Medical and sanitary report of the native army of Bengal for the year
Year: 1877
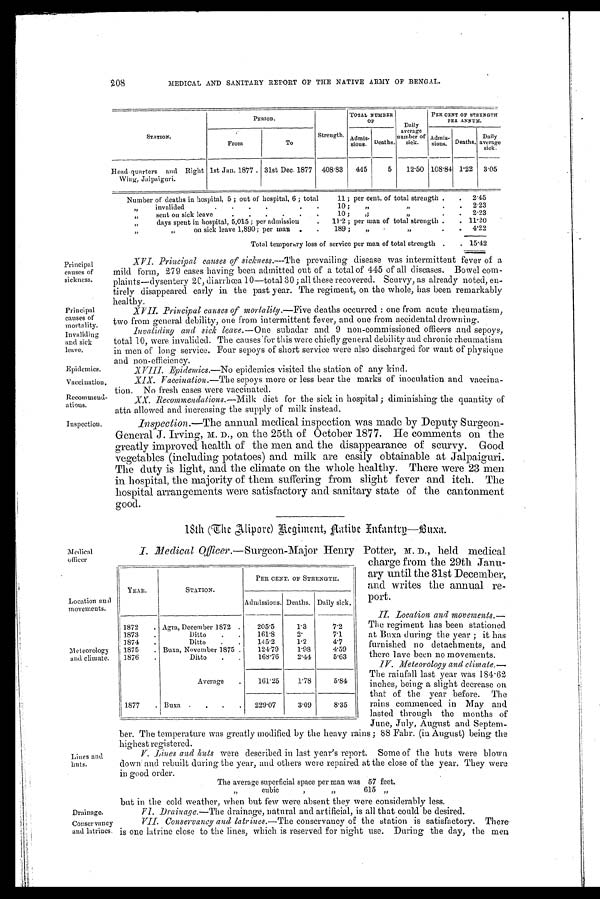
Principal
causes of
mortality.
Invaliding
and sick
leave.
Epidemics.
Vaccination.
Recommend-
ations.
Inspection.
208
MEDICAL AND SANITARY REPORT OF THE NATIVE ARMY OF BENGAL.
STATION.
PERIOD.
Strength
TOTAL NUMBER
OF
Daily
average
number of
sick.
PER CENT OF STRENGTH
PER ANNUM.
A d m i s -
sions. Deaths.
Admis-
Daily
sions. Deaths. average
sick.
From
To
Head. quarters and Right
Wing, Jalpaiguri.
1st Jan. 1877 . 31st Dec. 1877 408.83
445
5
12.50 108.84 1.22
3.05
Number of deaths in hospital, 5 ; out of hospital, 6 ; total
11 ; per cent. of total strength .
.
2.45
„
invalided
.
10 ;
„
„
.
.
2.23
„
sent on sick leave
.
.
.
10 ;
„
„
.
.
2.23
„
days spent in hospital, 5,015 ; per admission
.
11'2 ; per man of total strength .
. 11.20
„ „
on sick leave 1,890; per man
.
189 ;
„
„
.
4.22
Total temporary loss of service per man of total strength .
. 15.42
Principal
causes of
sickness.
XVI. Principal causes of sickness.—The prevailing disease was intermittent fever of a
mild form, 279 cases having been admitted out of a total of 445 of all diseases. Bowel com-
plaints—dysentery 2C, diarrhœa 10—total 30; all these recovered. Scurvy, as already noted, en-
tirely disappeared early in the past year. The regiment, on the whole, has been remarkably
healthy.
XVII. Principal causes of mortality.—Five deaths occurred one from acute rheumatism,
two from general debility, one from intermittent fever, and one from accidental drowning.
Invaliding and sick leave. —One subadar and 9 non-commissioned officers and sepoys,
total 10, were invalided. The causes for this were chiefly general debility and chronic rheumatism
in men of long service. Four sepoys of short service were also discharged for want of physique
and non-efficiency.
X V I I I . E p i d e m i c s .
— N o
e p i d e m i c s v i s i t e d t h e s t a t i o n o f a n y k i n d .
XIX. Vaccination. —The sepoys more or less bear the marks of inoculation and vaccina-
tion. No fresh cases were vaccinated.
XX. Recommendations. —Milk diet for the sick in hospital; diminishing the quantity of
atta allowed and increasing the supply of milk instead.
Inspection. —The annual medical inspection was made by Deputy Surgeon-
General J. Irving, M. D ., on the 25th of October 1877. He comments on the
greatly improved health of the men and the disappearance of scurvy. Good
vegetables (including potatoes) and milk are easily obtainable at Jalpaiguri.
The duty is light, and the climate on the whole healthy. There were 23 men
in hospital, the majority of them suffering from slight fever and itch. The
hospital arrangements were satisfactory and sanitary state of the cantonment
good.
18th (The Alipore) Native Infantry—Buxa.
Medical
officer
Location and
movements.
Meteorology
and climate.
Lines and
huts.
Drainage.
Conservancy
and latrines.
I. Medical Officer .—Surgeon-Major Henry Potter, M. D ., held medical
charge from the 29th Janu-
ary until the 31st December,
and writes the annual re-
port.
II. Location and movements.—
The regiment has been stationed
at Buxa during the year; it has
furnished no detachments, and
there lave been no movements.
IV. Meteorology and climate.—
The rainfall last year was 184.62
inches, being a slight decrease on
that of the year before. The
rains commenced in May and
lasted through the months of
June, July, August and Septem-
ber. The temperature was greatly modified by the heavy rains; 88 Flair. (in August) being the
highest registered.
V. Li n e s a n d h u t s w e r e d e s c r i b e d i n l a s t y e a r ' s r e p o r t . S o m e o f t h e h u t s w e r e b l o w n
down and rebuilt during the year, and others were repaired at the close of the year. They were
in good order.
but in the cold weather, when but few were absent they were considerably less.
VI. Drainage.—The drainage, natural and artificial, is all that could be desired.
VII. Conservancy and latrines. —The conservancy of the station is satisfactory. There
is one latrine close to the lines, which is reserved for night use. During the day, the men
YEAR.
STATION.
PER CENT. OF STRENGTH.
Admissions. Deaths. Daily sick.
1872
. Agra, December 1872 .
205.5
1.3
7.2
1873
.
Ditto
.
161.8
2.
7.1
1874
.
Ditto
.
.
145.2
1.2
4.7
1875
. Buxa, November 1875 .
124.79
1.98
4.59
1876
.
Ditto
.
.
168.76
2.44
5.63
Average
161.25
1.78
5.84
1877
. Buxa .
.
.
.
229.07
3.09
8.35
The average superficial space per man was 57 feet.
cubic
"
615 "